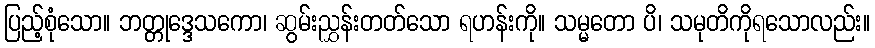
ပြည့်စုံသော။ ဘတ္တုဒ္ဒေသကော၊ ဆွမ်းညွှန်းတတ်သော ရဟန်းကို။ သမ္မတော ပိ၊ သမုတိကိုရသောလည်း။